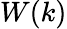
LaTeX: W(k)